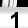
Digit: 1